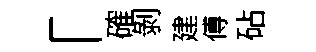
「確剝建傅砧